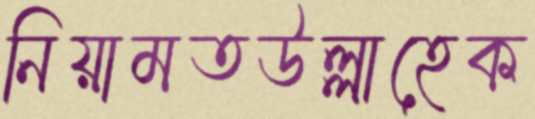
নিয়ামতউল্লাহেক